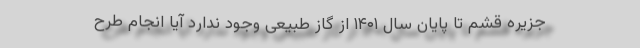
جزیره قشم تا پایان سال ۱۴۰۱ از گاز طبیعی وجود ندارد آیا انجام طرح